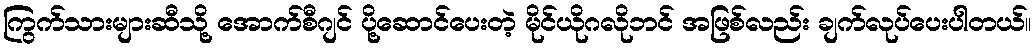
ကြွက်သားများဆီသို့ အောက်စီဂျင် ပို့ဆောင်ပေးတဲ့ မိုင်ယိုဂလိုဘင် အဖြစ်လည်း ချက်လုပ်ပေးပါတယ်။